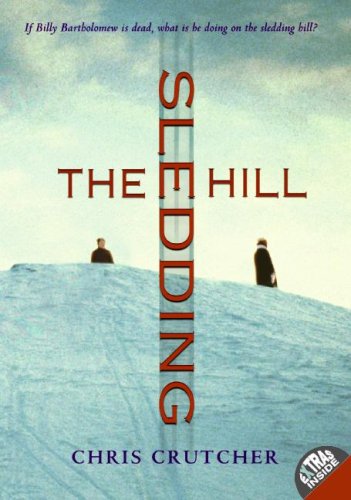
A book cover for The Sledding Hill; Chris Crutcher; Teen & Young Adult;